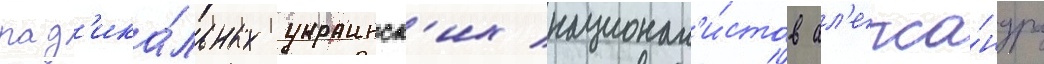
рад'ика́льных украинск'их национал'и́стов ал'екса́ндра